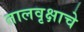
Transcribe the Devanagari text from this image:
तालवृक्षाचे